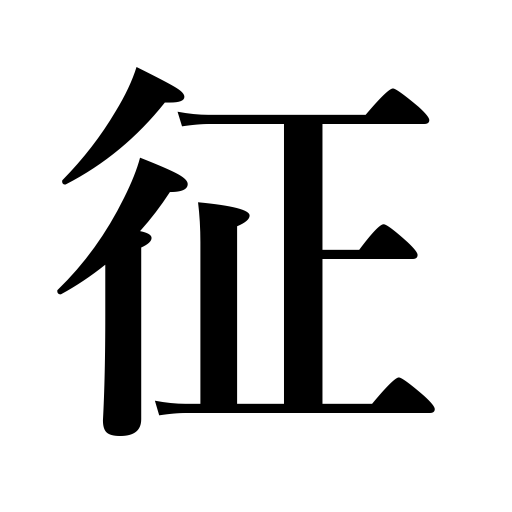
Meanings: attack the rebellious,collect taxes